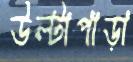
উল্টাপাড়া